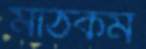
মাঠকর্ম